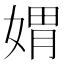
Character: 媦